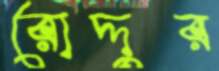
রোদ্দুর